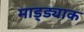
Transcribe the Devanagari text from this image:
माड्ड्याक